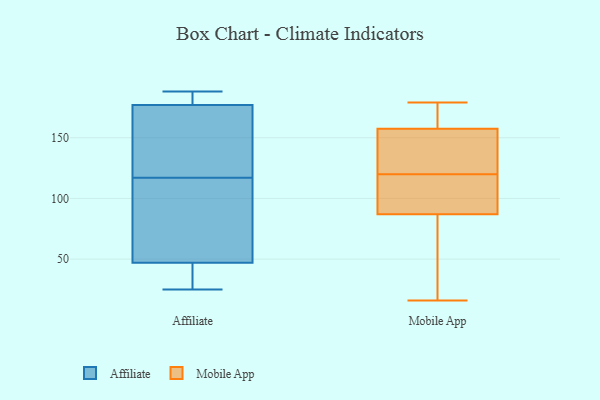
{"axis": {"x": "Net Income (USD K)", "y": "Value"}, "legend": ["Affiliate", "Mobile App"], "data": [{"x": "", "y": 103, "type": "Affiliate"}, {"x": "", "y": 177, "type": "Affiliate"}, {"x": "", "y": 177, "type": "Affiliate"}, {"x": "", "y": 25, "type": "Affiliate"}, {"x": "", "y": 104, "type": "Affiliate"}, {"x": "", "y": 180, "type": "Affiliate"}, {"x": "", "y": 47, "type": "Affiliate"}, {"x": "", "y": 130, "type": "Affiliate"}, {"x": "", "y": 29, "type": "Affiliate"}, {"x": "", "y": 188, "type": "Affiliate"}, {"x": "", "y": 99, "type": "Mobile App"}, {"x": "", "y": 179, "type": "Mobile App"}, {"x": "", "y": 95, "type": "Mobile App"}, {"x": "", "y": 121, "type": "Mobile App"}, {"x": "", "y": 177, "type": "Mobile App"}, {"x": "", "y": 169, "type": "Mobile App"}, {"x": "", "y": 37, "type": "Mobile App"}, {"x": "", "y": 141, "type": "Mobile App"}, {"x": "", "y": 119, "type": "Mobile App"}, {"x": "", "y": 79, "type": "Mobile App"}, {"x": "", "y": 146, "type": "Mobile App"}, {"x": "", "y": 16, "type": "Mobile App"}]}